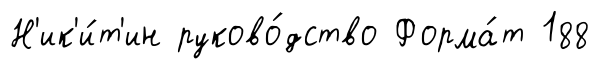
Н'ик'и́т'ин руково́дство Форма́т 188